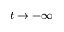
t \to - \infty